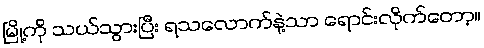
မြို့ကို သယ်သွားပြီး ရသလောက်နဲ့သာ ရောင်းလိုက်တော့။